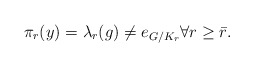
\begin{align*}\pi_r(y)=\lambda_r(g)\neq e_{G/K_r}\forall r\geq \bar{r}. \end{align*}